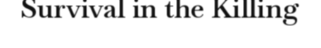
Survival in the Killing